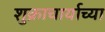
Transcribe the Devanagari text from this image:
शुक्राचार्याच्या